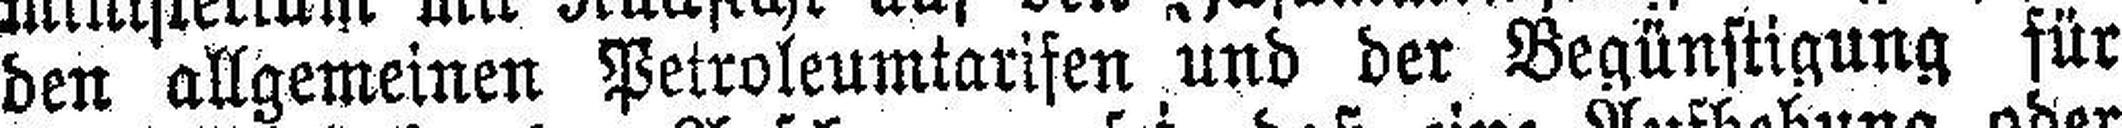
den allgemeinen Petroleumtarifen und der Begünstigung für